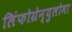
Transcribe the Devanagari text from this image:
लिंफोग्रेन्युलोमा